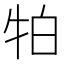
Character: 𭷛